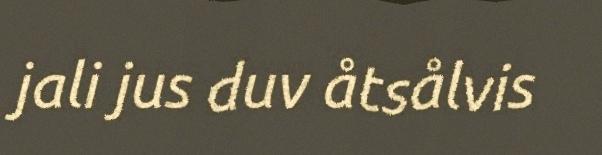
jali jus duv åtsålvis